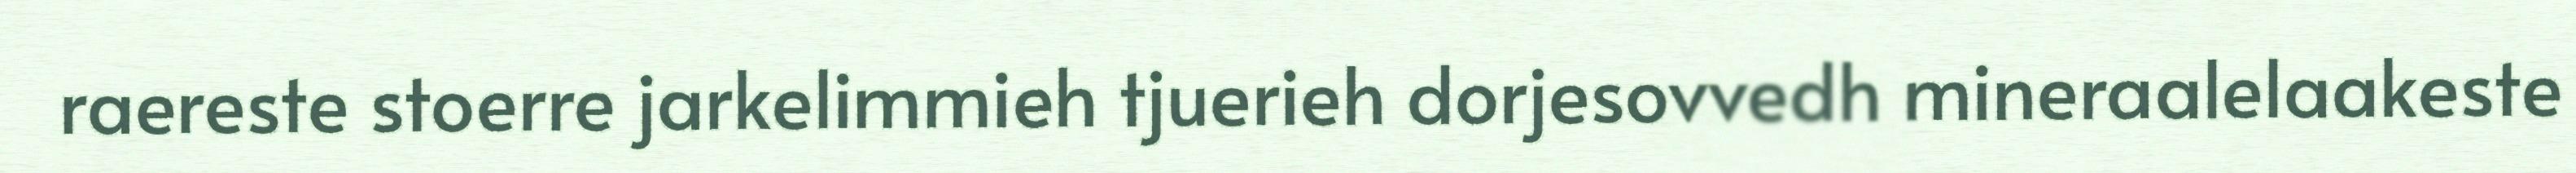
raereste stoerre jarkelimmieh tjuerieh dorjesovvedh mineraalelaakeste